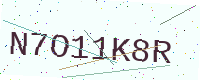
Text: N7O11K8R